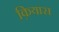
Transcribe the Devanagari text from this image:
क़ियास